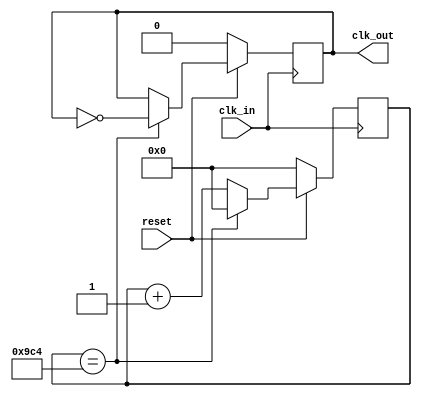
`define TimeExpire 32'd 2500

module fd(clk_in ,reset, clk_out) ;
    input clk_in,reset ;
    output reg clk_out ;
    reg [31:0] count ;

    always@(posedge clk_in)
    begin
        if(!reset)
            begin
                count<=32'd 0 ;
                clk_out <= 1'b 0;
            end
        else
            begin
                if(count==`TimeExpire)
                    begin
                        count <= 0;
                        clk_out <= ~clk_out;
                    end
                else
                    begin
                        count = count+1 ;
                    end
            end
    end
endmodule

module DotMatrixDisplay (clock , reset , dot_row , dot_col);
    input clock , reset ;
    output reg [7:0] dot_row , dot_col ;
    wire clk_div ;
    reg[2:0] row_count ;

    fd f1( .clk_in(clock) , .reset(reset) , .clk_out(clk_div)) ;
    
    always@(posedge clk_div , negedge reset)
    begin
    if(~reset)
        begin
        dot_row <= 8'b 0 ;
        dot_col <= 8'b 0 ;
        row_count <= 0 ;
        end
    else
        begin
        row_count <= row_count + 1 ;
        case(row_count)
            3'd 0 : dot_row <= 8'b 01111111 ; 
            3'd 1 : dot_row <= 8'b 10111111 ; 
            3'd 2 : dot_row <= 8'b 11011111 ; 
            3'd 3 : dot_row <= 8'b 11101111 ; 
            3'd 4 : dot_row <= 8'b 11110111 ; 
            3'd 5 : dot_row <= 8'b 11111011 ; 
            3'd 6 : dot_row <= 8'b 11111101 ; 
            3'd 7 : dot_row <= 8'b 11111110 ; 
        endcase

        case(row_count) 
            3'd 0 : dot_col <= 8'b 00011000 ; 
            3'd 1 : dot_col <= 8'b 00100100 ; 
            3'd 2 : dot_col <= 8'b 01000010 ; 
            3'd 3 : dot_col <= 8'b 11000011 ; 
            3'd 4 : dot_col <= 8'b 01000010 ; 
            3'd 5 : dot_col <= 8'b 01000010 ; 
            3'd 6 : dot_col <= 8'b 01000010 ; 
            3'd 7 : dot_col <= 8'b 01111110 ; 
        endcase
        end
    end
endmodule